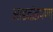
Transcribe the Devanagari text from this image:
आडदांडपणा